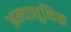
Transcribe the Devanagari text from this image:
अन्याधुनिक